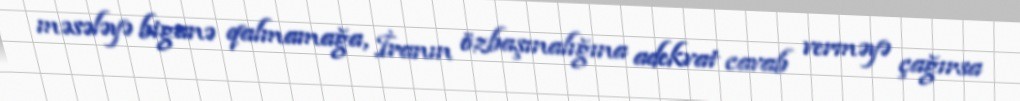
məsələyə biganə qalmamağa, İranın özbaşınalığına adekvat cavab verməyə çağırsa